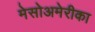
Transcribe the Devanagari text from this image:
मेसोअमेरीका